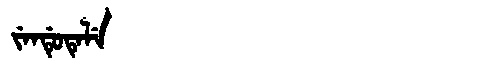
Manchu: ᠵᡝᠨᡩᡠᡨᡝᠯᡝ
Romanization: JENDUTELE